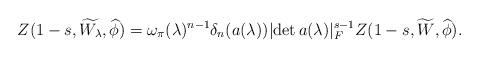
LaTeX: \begin{align*}\displaystyle Z(1-s,\widetilde{W_\lambda},\widehat{\phi})=\omega_{\pi}(\lambda)^{n-1}\delta_n(a(\lambda))\lvert \det a(\lambda)\rvert_F^{s-1} Z(1-s,\widetilde{W},\widehat{\phi}).\end{align*}